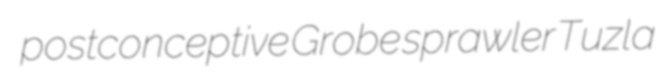
postconceptive Grobe sprawler Tuzla